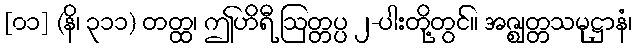
[၀၁] (နိ၊ ၃၁၁) တတ္ထ၊ ဤဟိရီ ဩတ္တပ္ပ ၂-ပါးတို့တွင်။ အဇ္ဈတ္တသမုဋ္ဌာနံ၊